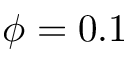
\phi = 0 . 1